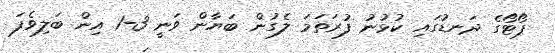
ޕޯޓޯގެ ދަނޑުގައި ކުޅުނު ފުރަތަމަ ލެގުން ބަޔާން ވަނީ 3-1 އިން ބަލިވެފަ